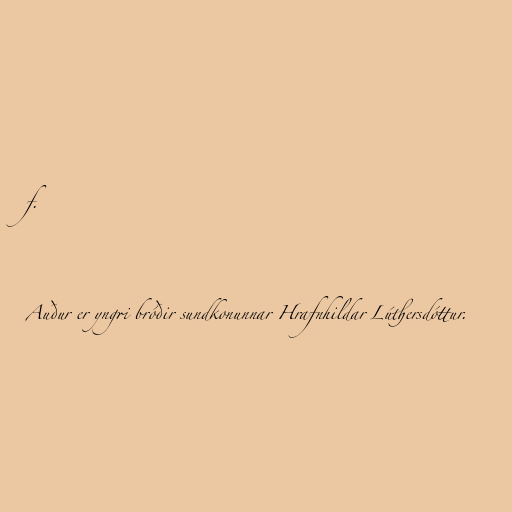
f.

Auður er yngri bróðir sundkonunnar Hrafnhildar Lúthersdóttur.